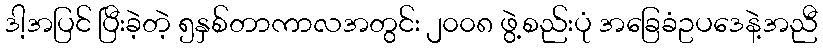
ဒါ့အပြင် ပြီးခဲ့တဲ့ ၅နှစ်တာကာလအတွင်း ၂၀၀၈ ဖွဲ့စည်းပုံ အခြေခံဥပဒေနဲ့အညီ